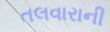
તલવારાની